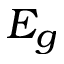
E _ { g }